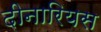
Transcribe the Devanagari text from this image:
दीनारियस